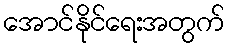
အောင်နိုင်ရေးအတွက်